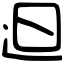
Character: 𨑨